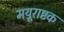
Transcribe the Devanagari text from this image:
मयूराष्टक